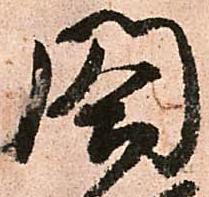
閤